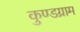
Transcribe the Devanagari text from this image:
कुण्डग्राम